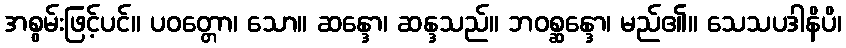
အစွမ်းဖြင့်ပင်။ ပဝတ္တော၊ သော။ ဆန္ဒော၊ ဆန္ဒသည်။ ဘဝစ္ဆန္ဒော၊ မည်၏။ သေသပဒါနိပိ၊